Newspaper: Salt Lake evening Democrat. [volume]
Place of publication: Salt Lake City, Utah
Publisher: Salt Lake Democrat Co.
Date: 1885-10-20 00:00:00
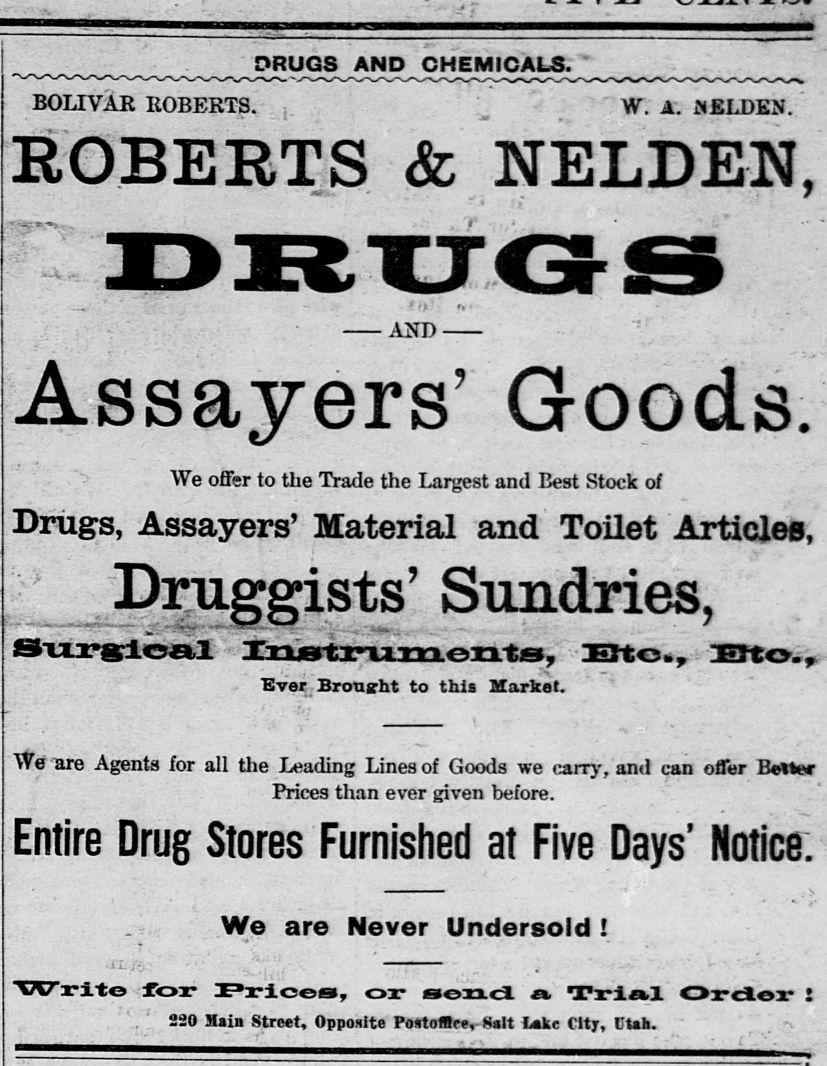
Advertisement text (OCR):
r DRUGS AND CHEMICALS V X > Xv > rfNX X > w Nr rS ta V i N BOLTVlE ROBERTS j W A KELDEN ROBERTS NELDEN v JL V K > X V 01 v nffi nl JLA Jb f I i I UGe < AND Assayers Goods We offer to the Trade the Largest and Best Stock of Drugs Assayers Material and Toilet Articled F Druggists Sundries Surgl a 3Dtistirti3aae2itiS HElto r Eto EveCjBrought to this Market = Weare Agents for all the Leading Lines of Goods we carry and canofferBotter Prices than ever given before Entire Drug Stores Furnished at Five Days We are Never Undersold ji Writo for Prices ozr send ft Trial Oxc3oar I 220 Main Street Opposite Po4toffleeSalt Lakc City Utah i L
Label: text-only